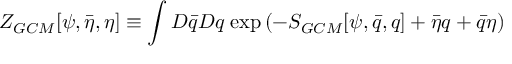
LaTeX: Z _ { G C M } [ \psi , \bar { \eta } , \eta ] \equiv \int D \bar { q } D q \; \mathrm { e x p } \left( - S _ { G C M } [ \psi , \bar { q } , q ] + \bar { \eta } q + \bar { q } \eta \right)